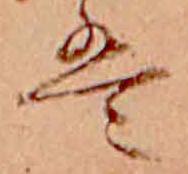
は